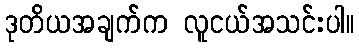
ဒုတိယအချက်က လူငယ်အသင်းပါ။